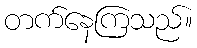
တက်နေကြသည်။